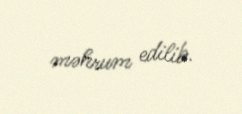
məhrum edilib.